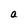
Character: a